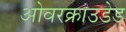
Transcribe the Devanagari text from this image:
ओवरक्राउडेड